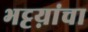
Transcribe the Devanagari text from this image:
भट्टय़ांचा